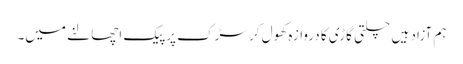
ہم آزاد ہیں چلتی گاڑی کا دروازہ کھول کر سڑک پر پیک اچھالنے میں۔